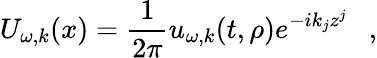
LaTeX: U_{\omega,k}(x)={\frac{1}{2\pi}}u_{\omega,k}(t,\rho)e^{-ik_{j}z^{j}}~~~,